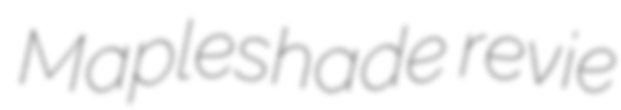
Mapleshade revie